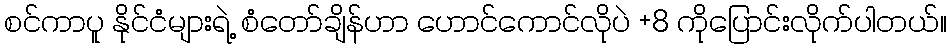
စင်ကာပူ နိုင်ငံများရဲ့ စံတော်ချိန်ဟာ ဟောင်ကောင်လိုပဲ +8 ကိုပြောင်းလိုက်ပါတယ်။